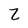
Character: Z